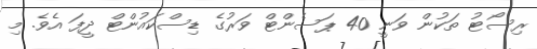
ރިސޯޓު ތަކުން ވަނީ 40 ޕަސެންޓް ވަރުގެ ޑިސްކައުންޓް ދީފަ އެވެ. މި